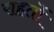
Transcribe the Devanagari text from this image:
राहतों